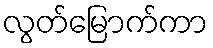
လွတ်မြောက်ကာ